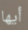
أيها